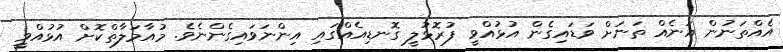
އެއްތަނުން އަނެއް ތަނަށް ވަޑައިގެން އުޅުއްވީ ފުރޮޅުލީ ގޮނޑިއެއްގައި އިންނަވައިގެންނެވެ. މުއާމަލާތްކޮށް އުޅުއްވީ